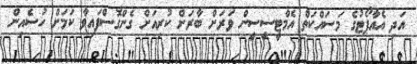
އަދި އެއާޕޯޓުގެ މަސައްކަތް އެމްޓީސީސީން ވަރަށް ބާރަށް ކުރިއަށް ގެންގޮސްފައިވާ ކަމަށް ހުސެއިން